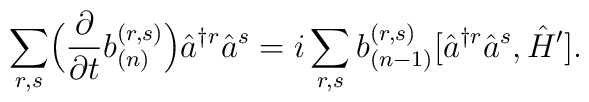
\sum_{r,s} \Bigl(\frac{\partial}{\partial t} b_{(n)}^{(r, s)} \Bigr) \hat{a}^{\dagger r} \hat{a}^s= i \sum_{r,s} b_{(n-1)}^{(r, s)} [\hat{a}^{\dagger r} \hat{a}^s, \hat{H}'].